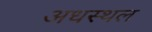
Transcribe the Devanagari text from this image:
अधस्थल